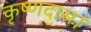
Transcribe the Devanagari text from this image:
कृष्णदास।